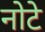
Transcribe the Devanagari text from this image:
नोटे